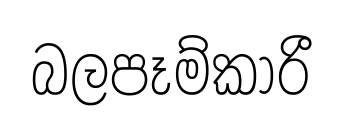
බලපෑම්කාරී